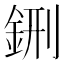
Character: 鉶